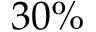
3 0 \%